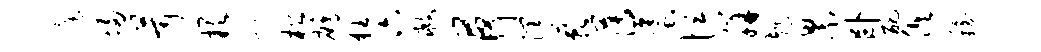
庭埽茸缺帆松鹧狂六救荷润蔌薄蜃恒胼赳累卧丑俱稳